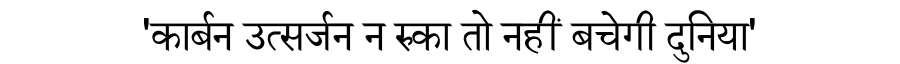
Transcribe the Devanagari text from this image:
'कार्बन उत्सर्जन न रुका तो नहीं बचेगी दुनिया'